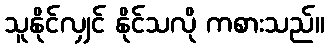
သူနိုင်လျှင် နိုင်သလို ကစားသည်။